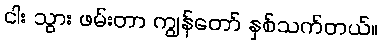
ငါး သွား ဖမ်းတာ ကျွန်တော် နှစ်သက်တယ်။